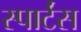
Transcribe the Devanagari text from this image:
स्पार्टंस